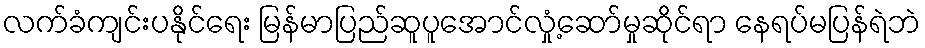
လက်ခံကျင်းပနိုင်ရေး မြန်မာပြည်ဆူပူအောင်လှုံ့ဆော်မှုဆိုင်ရာ နေရပ်မပြန်ရဲဘဲ